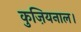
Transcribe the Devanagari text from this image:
कुज़ियनाल।